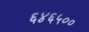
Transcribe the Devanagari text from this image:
६४६५००